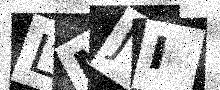
Text: LMJI